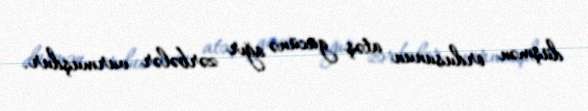
düşmən ordusunun atəş gücünə ağır zərbələr vurmuşdur.